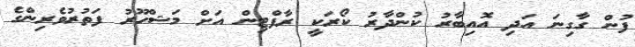
ފުން ގާގިނަ އަދި އޮއިބާރު ކުންދާރު ކޯރަކީ ރާފްޓިން އަށް މަޝްހޫރު ފަތުރުވެރިންގެ